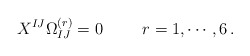
\begin{align*}X^{IJ} \Omega_{IJ}^{(r)} = 0\hskip 1truecm r = 1,\cdots ,6\, .\end{align*}